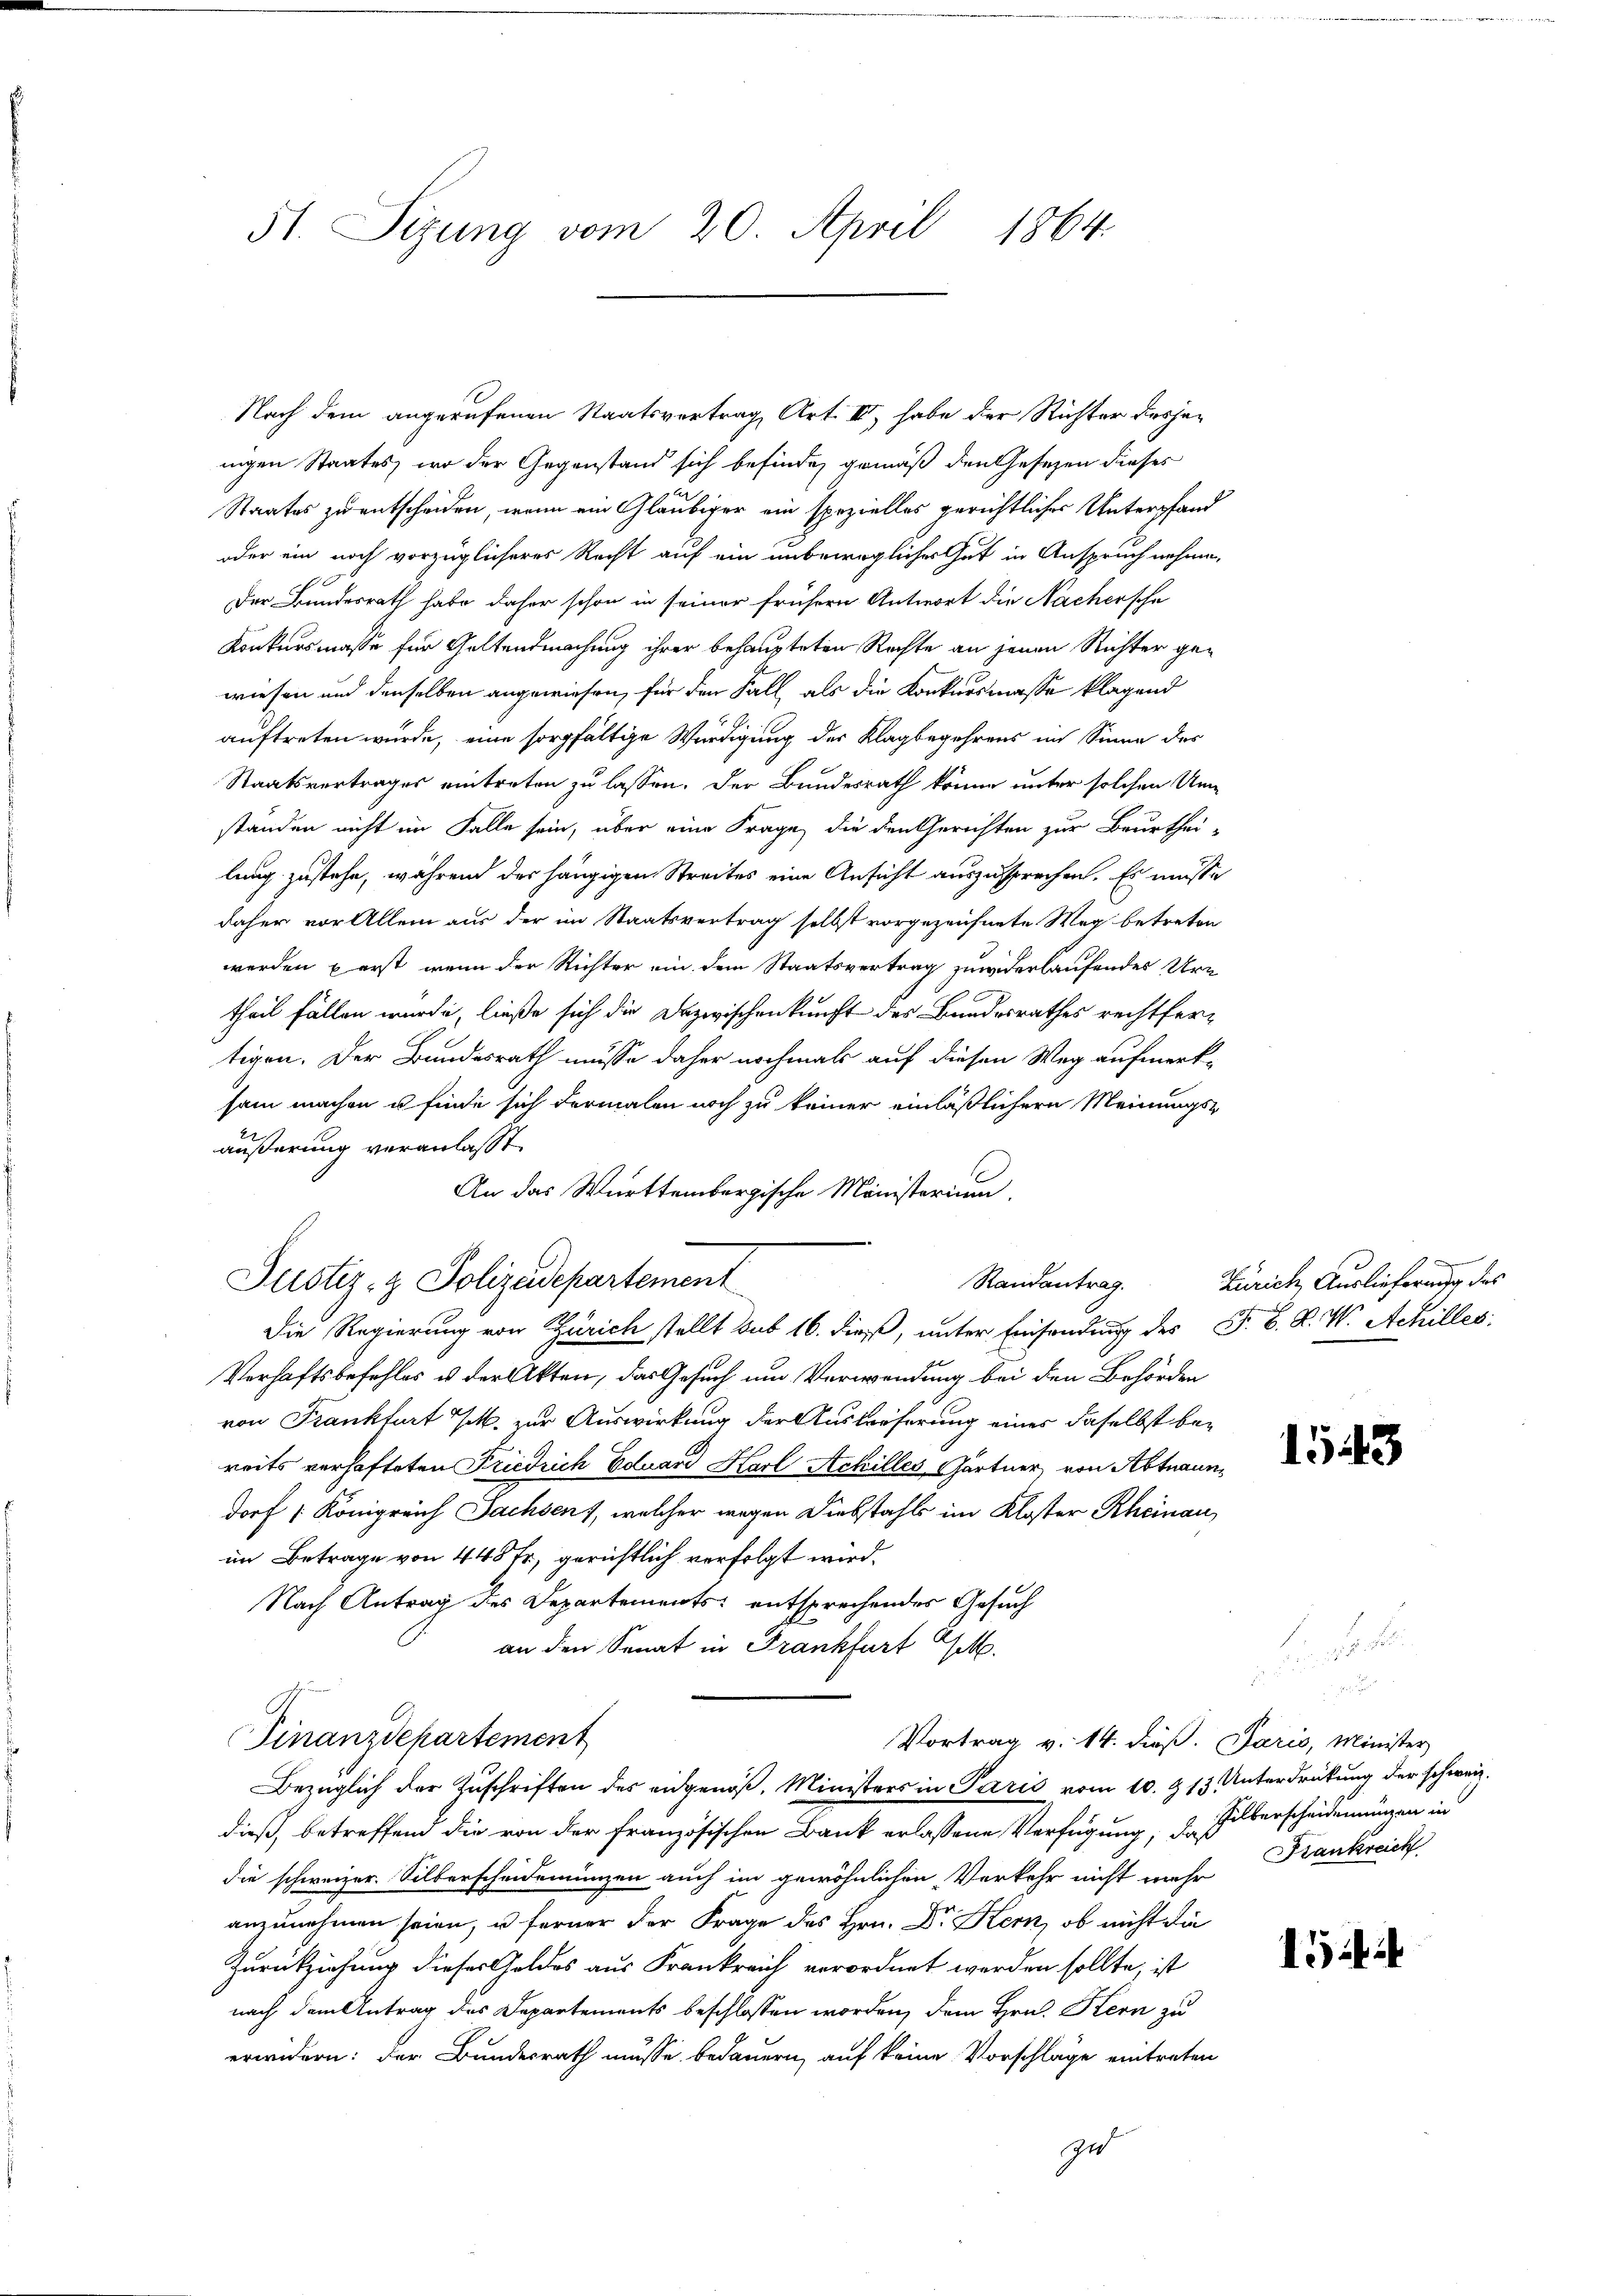
51. Sizung vom 20. April 1864.

Nach dem angerufenen Staatsvertrag, Art. III, habe der Richter desjenigen Staates, wo der Gegenstand sich befinden gemäß den Gesezen dieses
Staates zu entscheiden, wenn ein Gläubiger ein spezielles gerichtliches Unterpfand
oder ein noch vorzüglicheres Recht auf ein unbewegliches Gut in Anspruch nehmen,
Der Bundesrath habe daher schon in seiner frühern Antwort die Nachersche
Konkursmasse für Geltendmachung ihrer behaupteten Rechte an jenen Richter gewiesen und denselben angewiesen, für den Fall, als die Konkursmasse klagend
auftreten wurde, eine sorgfältige Würdigung der Klagbegehrens im Sinne des
Staatsvertrages eintreten zu lassen. Der Bundesrath könne unter solchen Um-
standen nicht im Falle sein, über eine Frage, die den Gerichten zur Beurthei-
lung zustehe, während der hängigen Streites eine Ansicht auszusprechen. Es müsse
daher vor Allem aus der im Staatsvertrag selbst vorgezeichnete Weg betreten
werden perst, wenn der Richter ein dem Staatsvertrag zuwiderlaufendes Urtheil fällen wurde, ließe sich die Dazwischenkunft des Bundesrathes rechtfertigen. Der Bundesrath müsse daher nochmals auf diesen Weg aufmerk-
sam machen u finde sich dermalen noch zu keiner einläßlichern Meinungs-
äußerung veranlasst.
An das Württembergische Ministerium.
Die Regierung von Zürich stellt sub 16. dieß, unter Einsendung des P. C. R. W. Achilles,
Verhaftsbefehles u der Akten, das Gesuch um Verwendung bei den Behörden
von Frankfurt M. zur Auswirkung der Auslieferung eines daselbst bereits verhafteten Friedrich Eduard Karl Achilles Gärtner von Abtraundorf /: Königreich Sachsen, welcher wegen Diebstahls im Kloster Rheinau
im Betrage von 445 fr., gerichtlich verfolgt wird.
Nach Antrag des Departements entsprechendes Gesuch
an den Senat in Frankfurt Ge
Finanzdepartement
Vortrag v. 14. dieß. Paris, Minister
Bezüglich der Zuschriften des eidgenöß, Ministers in Paris vom 10. & 13. Unterdrückung der schweiz.
dieß, betreffend die von der französischen Bank erlassene Verfügung, d. Silberscheidenungen in
die schweizer. Silberscheidemünzen auch im gewöhnlichen Verkehr nicht mehr
anzunehmen seien, u. ferner der Frage des Hrn. Dr Kern, ob nicht die
Zurückziehung dieses Geldes aus Frankreich verordnet werden sollte, ist
nach dem Antrag des Departements beschlossen worden, dem Hrn. Kern zu
erwidern: der Bundesrath müsse bedauern, auf keine Vorschläge eintreten
zu

Justiz- & Polizeidepartement

Randantrag. Zürich Auslieferung des

1543

Krankreich

154 i